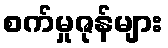
စက်မှုဇုန်များ